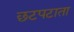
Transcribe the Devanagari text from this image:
छटपटाता